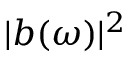
| b ( \omega ) | ^ { 2 }